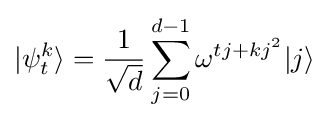
|\psi _{t}^{k}\rangle ={\frac {1}{\sqrt {d}}}\sum _{j=0}^{d-1}\omega ^{tj+kj^{2}}|j\rangle